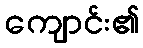
ကျောင်း၏